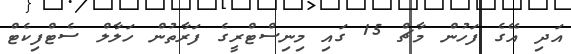
އަދި އޭގެ ފަހުން މާޗް 15 ގައި މިނިސްޓްރީގެ ފަރާތުން ހަލާލް ސެޓްފިކެޓް